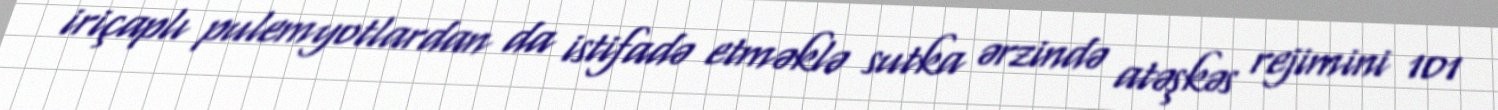
iriçaplı pulemyotlardan da istifadə etməklə sutka ərzində atəşkəs rejimini 101